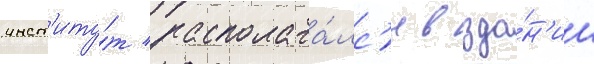
инст'иту́т располага́лс'я в зда́н'ии